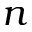
n